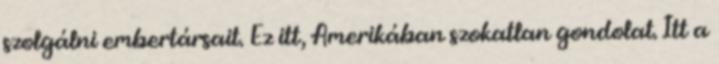
szolgálni embertársait. Ez itt, Amerikában szokatlan gondolat. Itt a